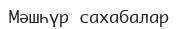
Мәшһүр сахабалар